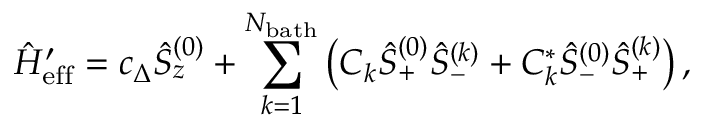
\hat { H } _ { \mathrm { e f f } } ^ { \prime } = c _ { \Delta } \hat { S } _ { z } ^ { ( 0 ) } + \sum _ { k = 1 } ^ { N _ { \mathrm { b a t h } } } \left( C _ { k } \hat { S } _ { + } ^ { ( 0 ) } \hat { S } _ { - } ^ { ( k ) } + C _ { k } ^ { * } \hat { S } _ { - } ^ { ( 0 ) } \hat { S } _ { + } ^ { ( k ) } \right) ,